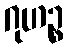
ဂုဟဉ္စ